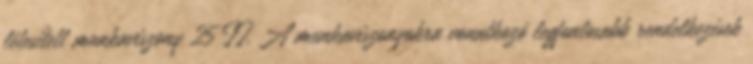
létesített munkaviszony 25 II. A munkaviszonyokra vonatkozó legfontosabb rendelkezések